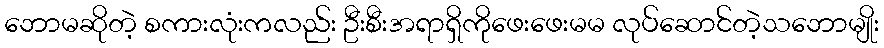
ဘောမဆိုတဲ့ စကားလုံးကလည်း ဦးစီးအရာရှိကိုဖေးဖေးမမ လုပ်ဆောင်တဲ့သဘောမျိုး